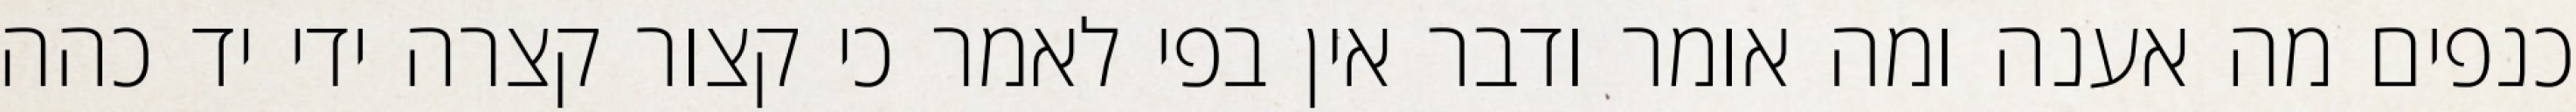
כנפים מה אענה ומה אומר ודבר אין בפי לאמר כי קצור קצרה ידי יד כהה